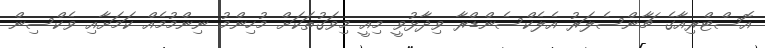
އޮސްޓްރިއާގެ ޗާންސެލަރު އެލެކްސެންޑްރާ ވިދާޅުވީ މިއީ މިވަގުތަކަށް މުހިންމު ނިންމުމެއް ކަމަށާއި ވެކްސިން